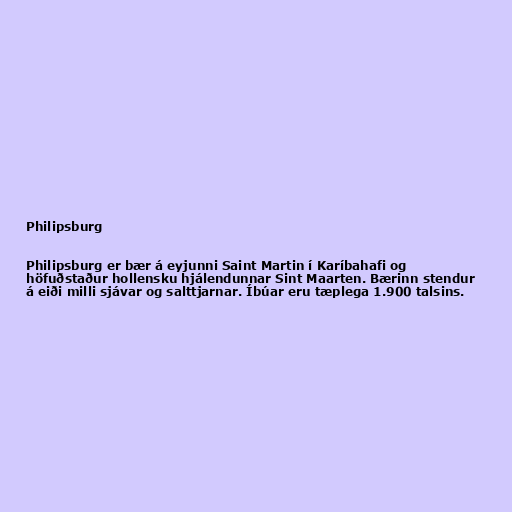
Philipsburg

Philipsburg er bær á eyjunni Saint Martin í Karíbahafi og
höfuðstaður hollensku hjálendunnar Sint Maarten. Bærinn stendur
á eiði milli sjávar og salttjarnar. Íbúar eru tæplega 1.900 talsins.